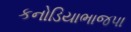
કનોડિયાભાજપા